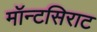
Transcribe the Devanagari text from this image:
मॉन्टसिराट